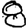
Digit: 8